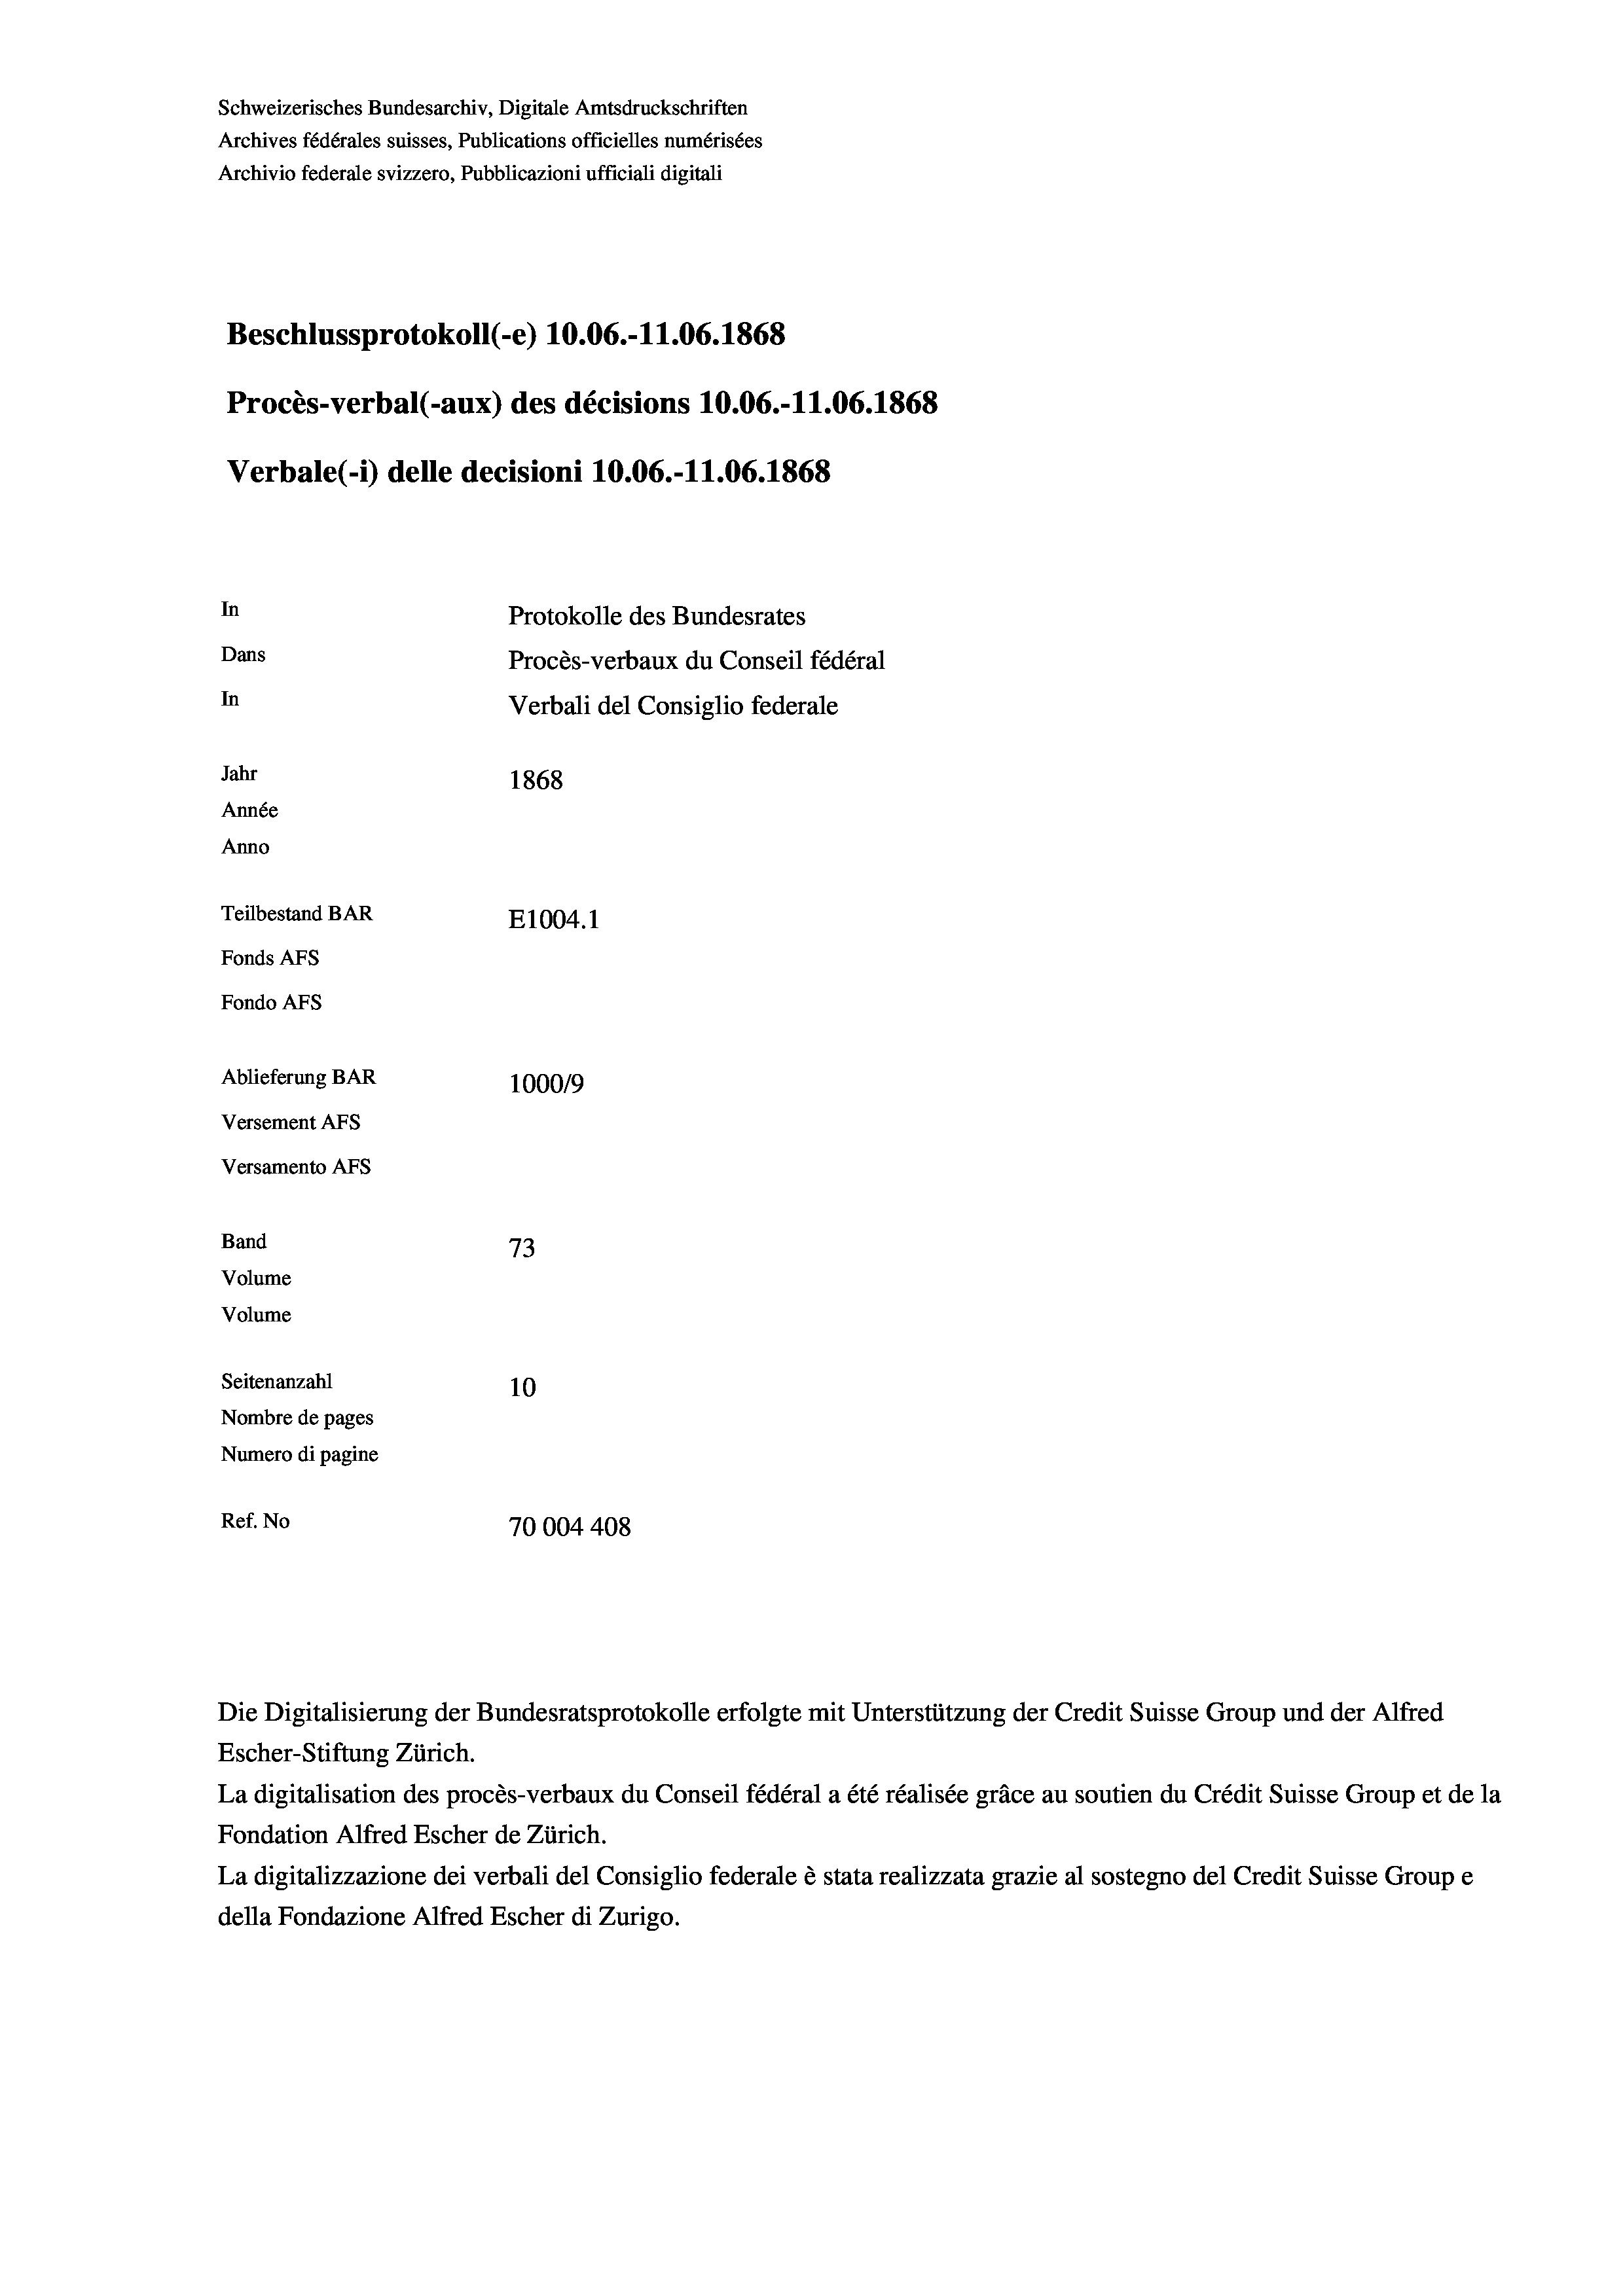
Schweizerisches Bundesarchiv, Digitale Amtsdruckschriften
Archives fédérales suisses, Publications officielles numérisées
Archivio federale svizzero, Pubblicazioni ufficiali digitali
Beschlussprotokoll (-e) 10.06.-11.06. 1868
Procès-verbal (-aux) des décisions 10.06.-11.06. 1868
Verbale (- 1) delle decisioni 10.06.-11.06. 1868
In
Protokolle des Bundesrates
Dans
Procès-verbaux du Conseil fédéral
In
Verbali del Consiglio federale
Jahr
1868
Année
Anno
Teilbestand BAR
E1004. 1
Fonds AFs
Fondo AFS
Ablieferung BAR
100019
Versement AFs
Versamento AFs
Band
73
Volume
Volume

Seitenanzahl
10
Nombre de pages
Numero di pagine
Ref. No
70004408

Escher-Stiftung Zürich.
La digitalisation des procès-verbaux du Conseil fédéral a été réalisée gräce au soutien du Crédit Suisse Group et de la
Fondation Alfred Escher de Zürich.
La digitalizzazione dei verbali del Consiglio federale è stata realizzata grazie al sostegno del Credit Suisse Groupe
della Fondazione Alfred Escher di Zurigo.

Die Digitalisierung der Bundesratsprotokolle erfolgte mit Unterstützung der Credit Suisse Group und der Alfred